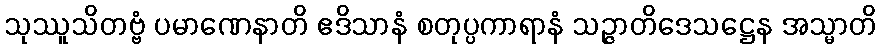
သုဿူသိတဗ္ဗံ ပမာဏေနာတိ ဧဒိသာနံ စတုပ္ပကာရာနံ သဉ္ဇာတိဒေသဋ္ဌေန အသ္မာတိ